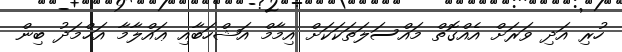
ހުރި އަދި ވަރަށް އެއްގޮތް މައްސަލަތަކަކަށް އިމާމް އަޝްހަބާއި ޢައްލާމާ އަޙްމަދު ބިން